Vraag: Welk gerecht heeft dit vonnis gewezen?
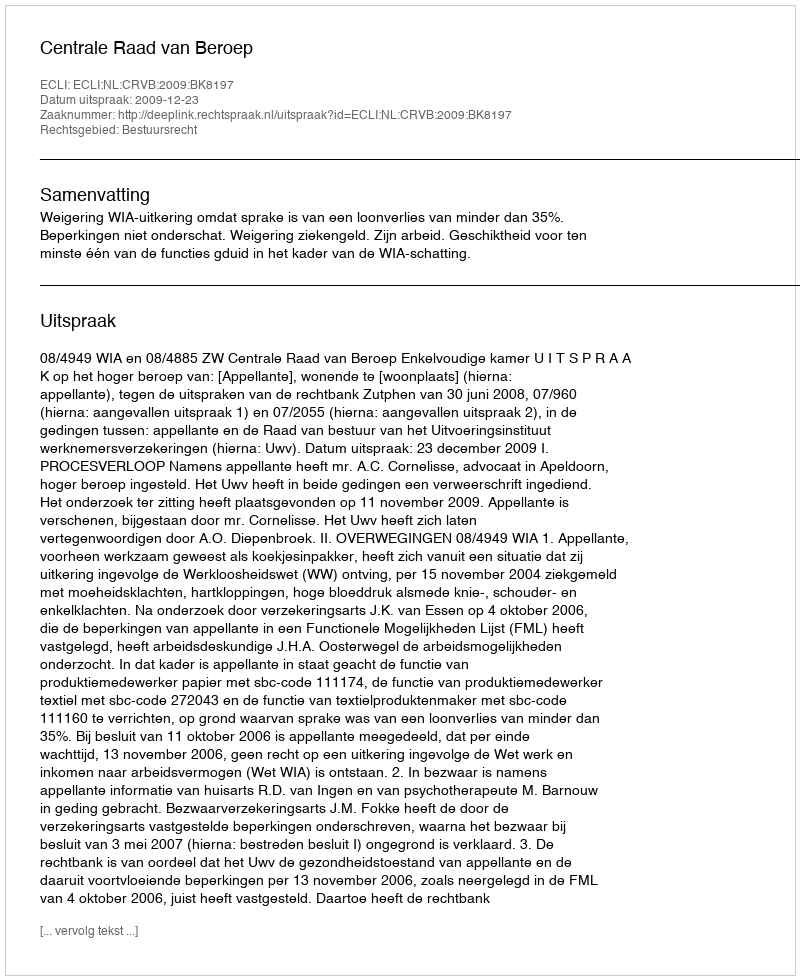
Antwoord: Centrale Raad van Beroep